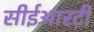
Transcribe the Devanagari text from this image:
सीईआरटी